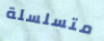
متسلسلة